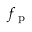
f _ { \mathrm { ~ p ~ } }